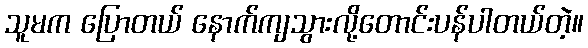
သူမက ပြောတယ် နောက်ကျသွားလို့တောင်းပန်ပါတယ်တဲ့။